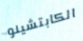
الكابتشينو